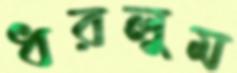
ধরলুম